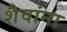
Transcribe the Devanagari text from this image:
शैवांना